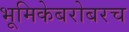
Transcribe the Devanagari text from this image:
भूमिकेबरोबरच